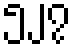
၅၂၇